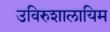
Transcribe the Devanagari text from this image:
उविरुशालायिम